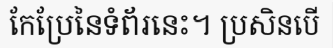
កែប្រែនៃទំព័រនេះ។ ប្រសិនបើ